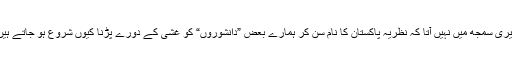
میری سمجھ میں نہیں آتا کہ نظریہ پاکستان کا نام سن کر ہمارے بعض ”دانشوروں“ کو غشی کے دورے پڑنا کیوں شروع ہو جاتے ہیں۔